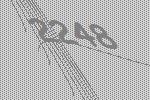
2248